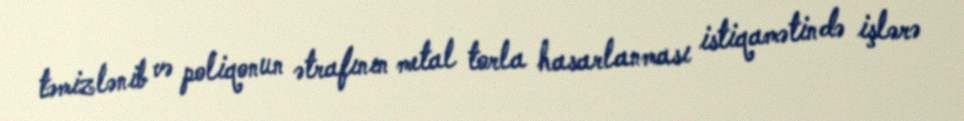
təmizlənib və poliqonun ətrafının metal torla hasarlanması istiqamətində işlərə